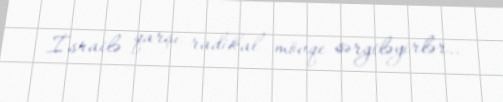
İsrailə qarşı radikal mövqe sərgiləyirlər..